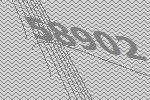
58902